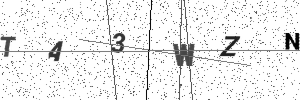
Text: TA3WZN